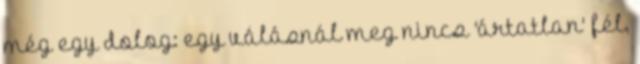
még egy dolog: egy válásnál meg nincs 'ártatlan' fél,